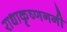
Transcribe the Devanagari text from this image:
राधाकृष्णननी